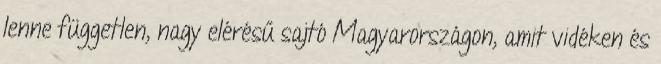
lenne független, nagy elérésű sajtó Magyarországon, amit vidéken és